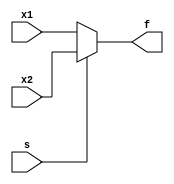
module multiplexer(x1,x2,s,f);
  // Behavioural model of multiplexer
  input x1,x2,s;
  output f;
  reg f;
  always @(x1,x2,s) 
  begin
    if (s==0) 
      begin
        f = x1;
      end 
    else
      begin
        f = x2;
      end
  end
endmodule